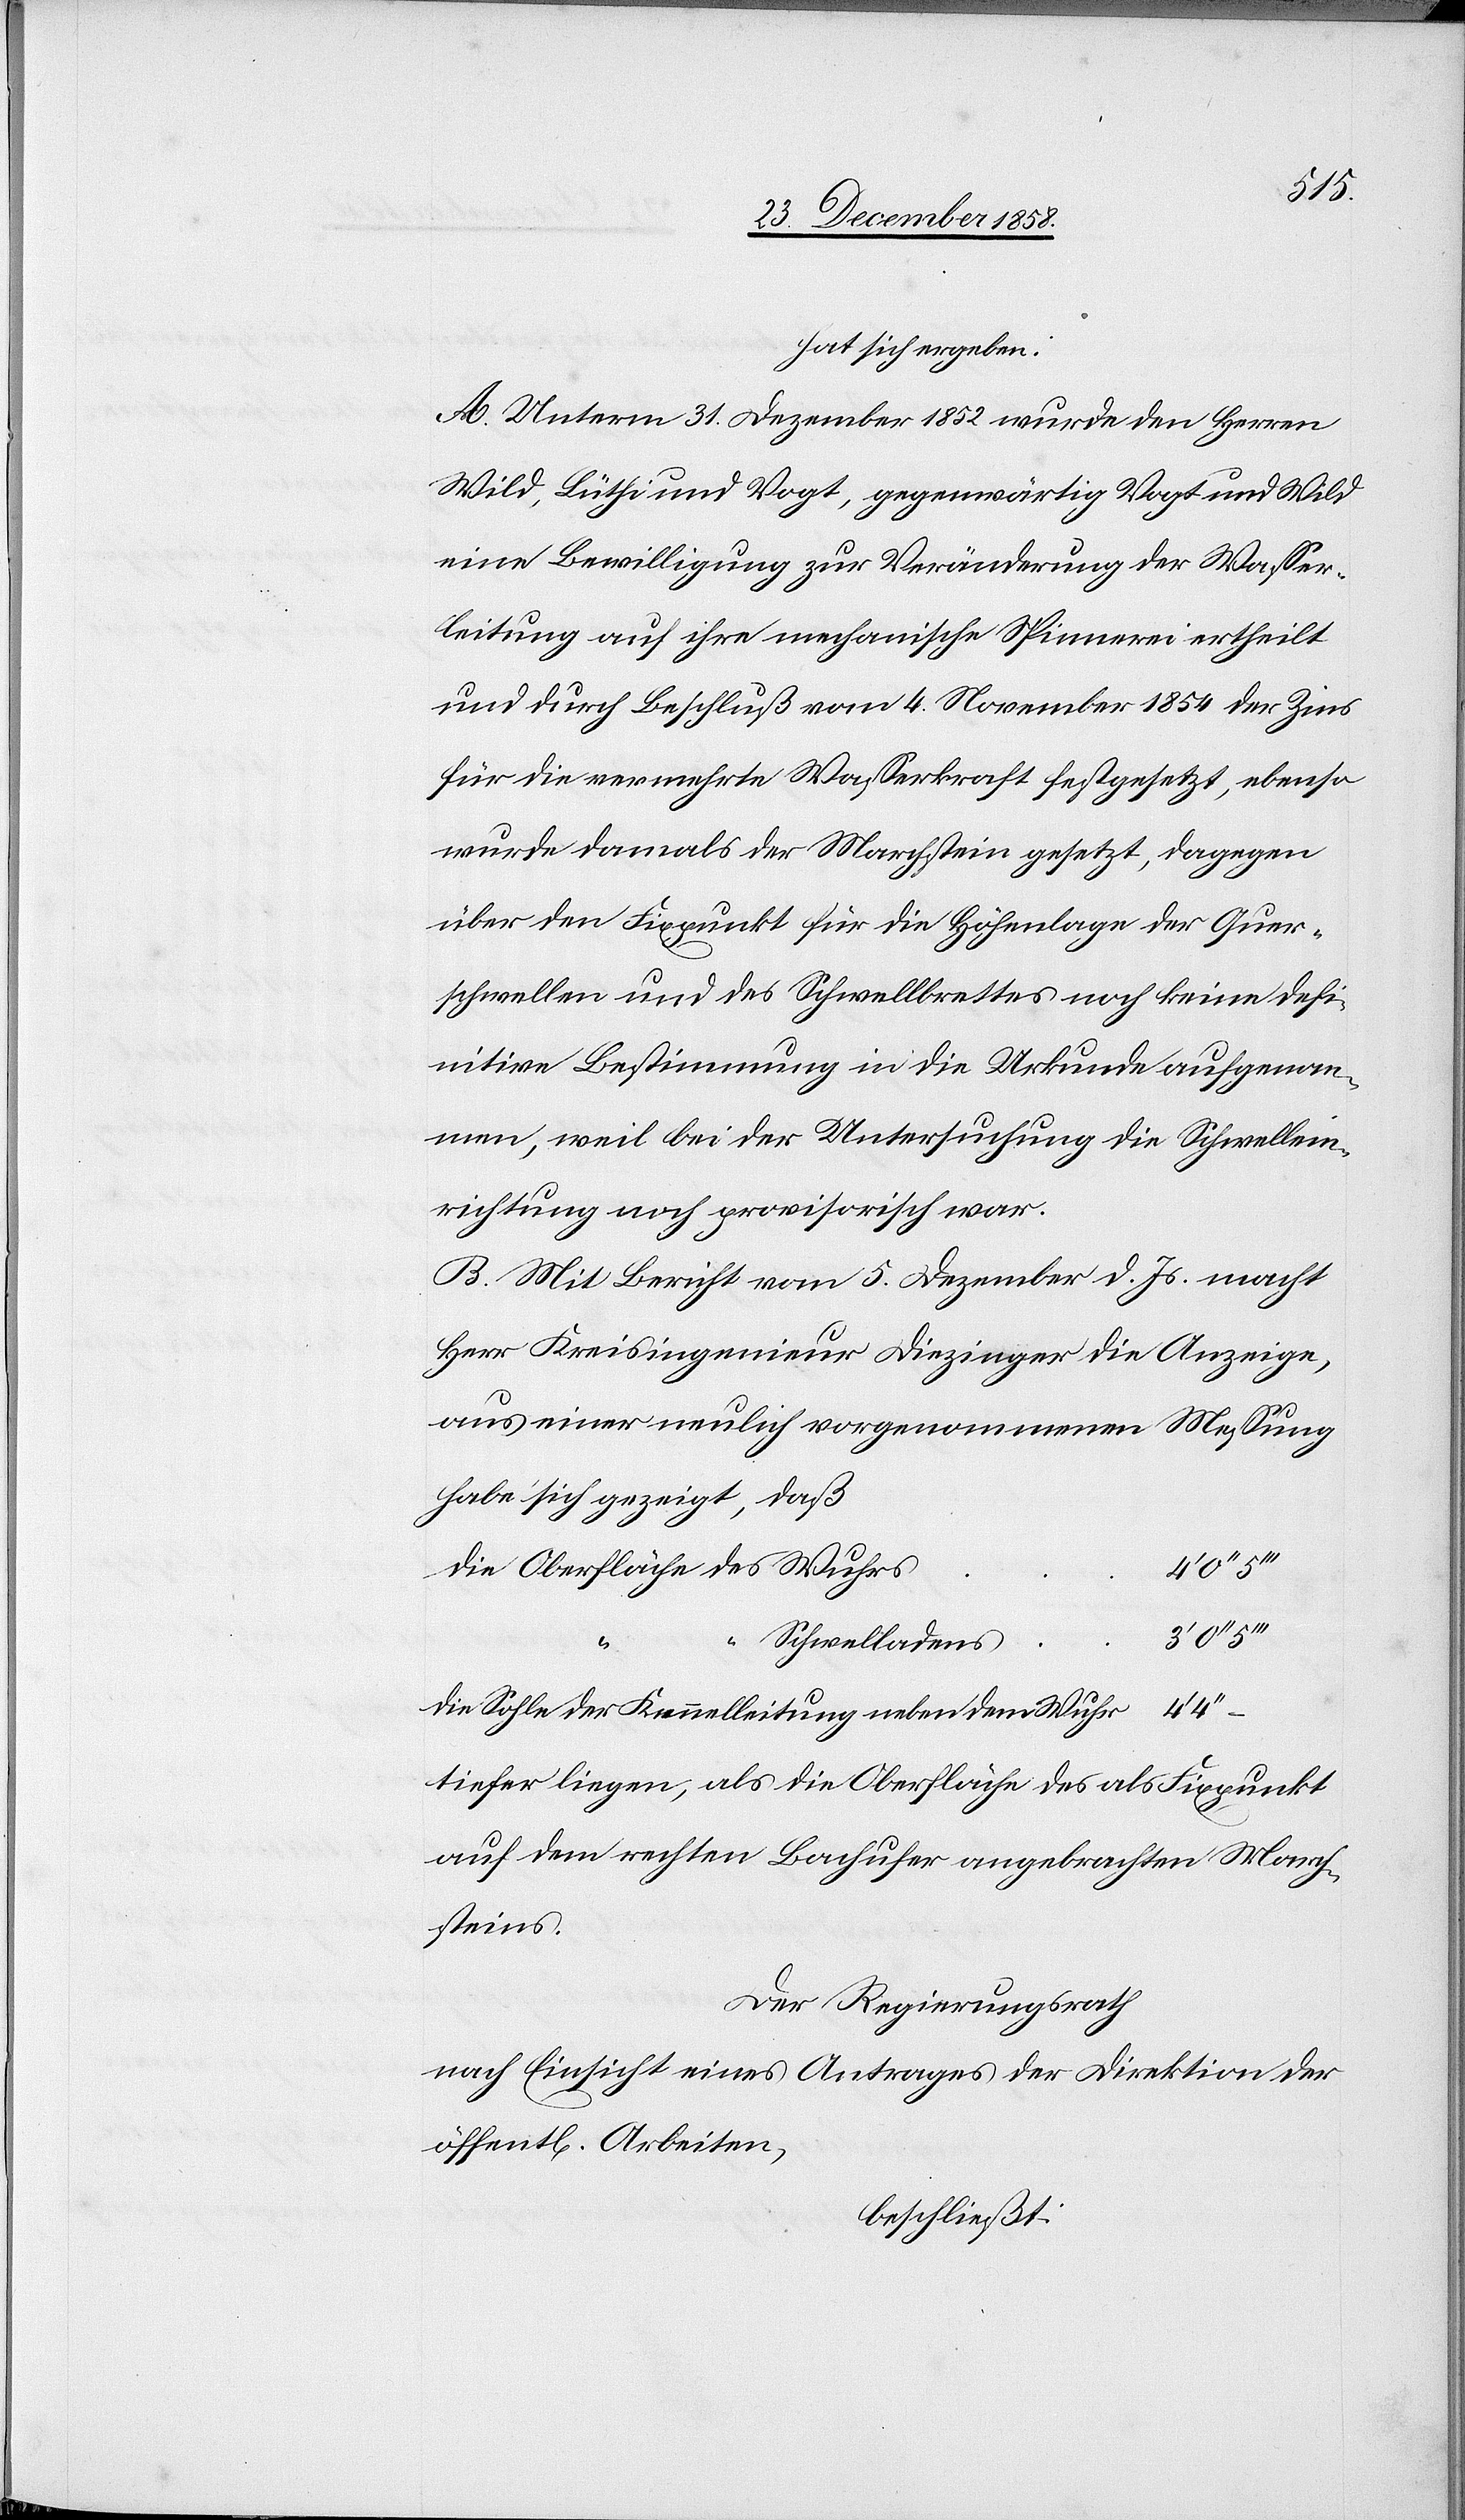
31.
datirtes
des
1.
des Regierungsrathes